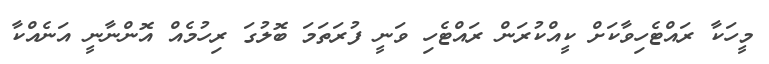
މީހަކާ ރައްޓެހިވާކަށް ކީއްކުރަން ރައްޓެހި ވަނީ ފުރަތަމަ ބޮލުގަ ރިހުމެއް އޮންނާނީ އަނެއްކާ